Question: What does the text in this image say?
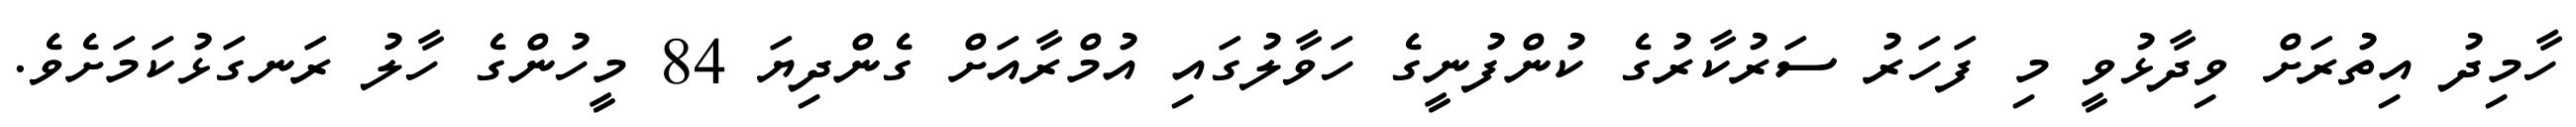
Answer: ހާމިދު އިތުރަށް ވިދާޅުވީ މި ފަހަރު ސަރުކާރުގެ ކުންފުނީގެ ހަވާލުގައި އުމްރާއަށް ގެންދިޔަ 84 މީހުންގެ ހާލު ރަނގަޅުކަމަށެވެ.